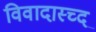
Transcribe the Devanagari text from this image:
विवादास्च्द